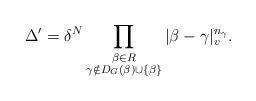
LaTeX: \begin{align*} \Delta' = \delta^N \prod_{\substack{\beta\in R\\ \gamma\notin D_G(\beta)\cup\{\beta\}}} |\beta-\gamma|_v^{n_\gamma}.\end{align*}